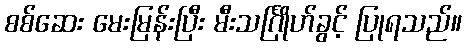
စစ်ဆေး မေးမြန်းပြီး မီးသင်္ဂြိုဟ်ခွင့် ပြုရသည်။